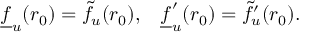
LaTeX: \underline { { { f } } } _ { u } ( r _ { 0 } ) = \tilde { f } _ { u } ( r _ { 0 } ) , \; \; \; \underline { { { f } } } _ { u } ^ { \prime } ( r _ { 0 } ) = \tilde { f } _ { u } ^ { \prime } ( r _ { 0 } ) .